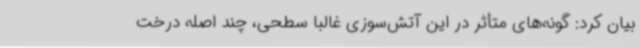
بیان کرد: گونه‌های متأثر در این آتش‌سوزی غالباً سطحی، چند اصله درخت